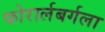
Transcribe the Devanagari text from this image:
फोरार्लबर्गला